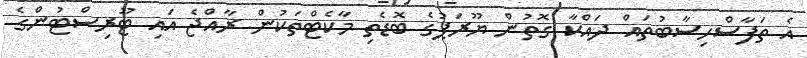
އެ ތަފާސްހިސާބުތައް ދައްކާ ގޮތުން ޔޫރަޕުގެ ބޮޑެތި މާކެޓްތަކުން ރާއްޖެ އައި ޓޫރިސްޓުންގެ